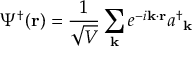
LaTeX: \Psi ^ { \dagger } ( \mathbf { r } ) = { \frac { 1 } { \sqrt { V } } } \sum _ { \mathbf { k } } e ^ { - i \mathbf { k \cdot r } } { a ^ { \dagger } } _ { \mathbf { k } }